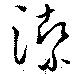
潔